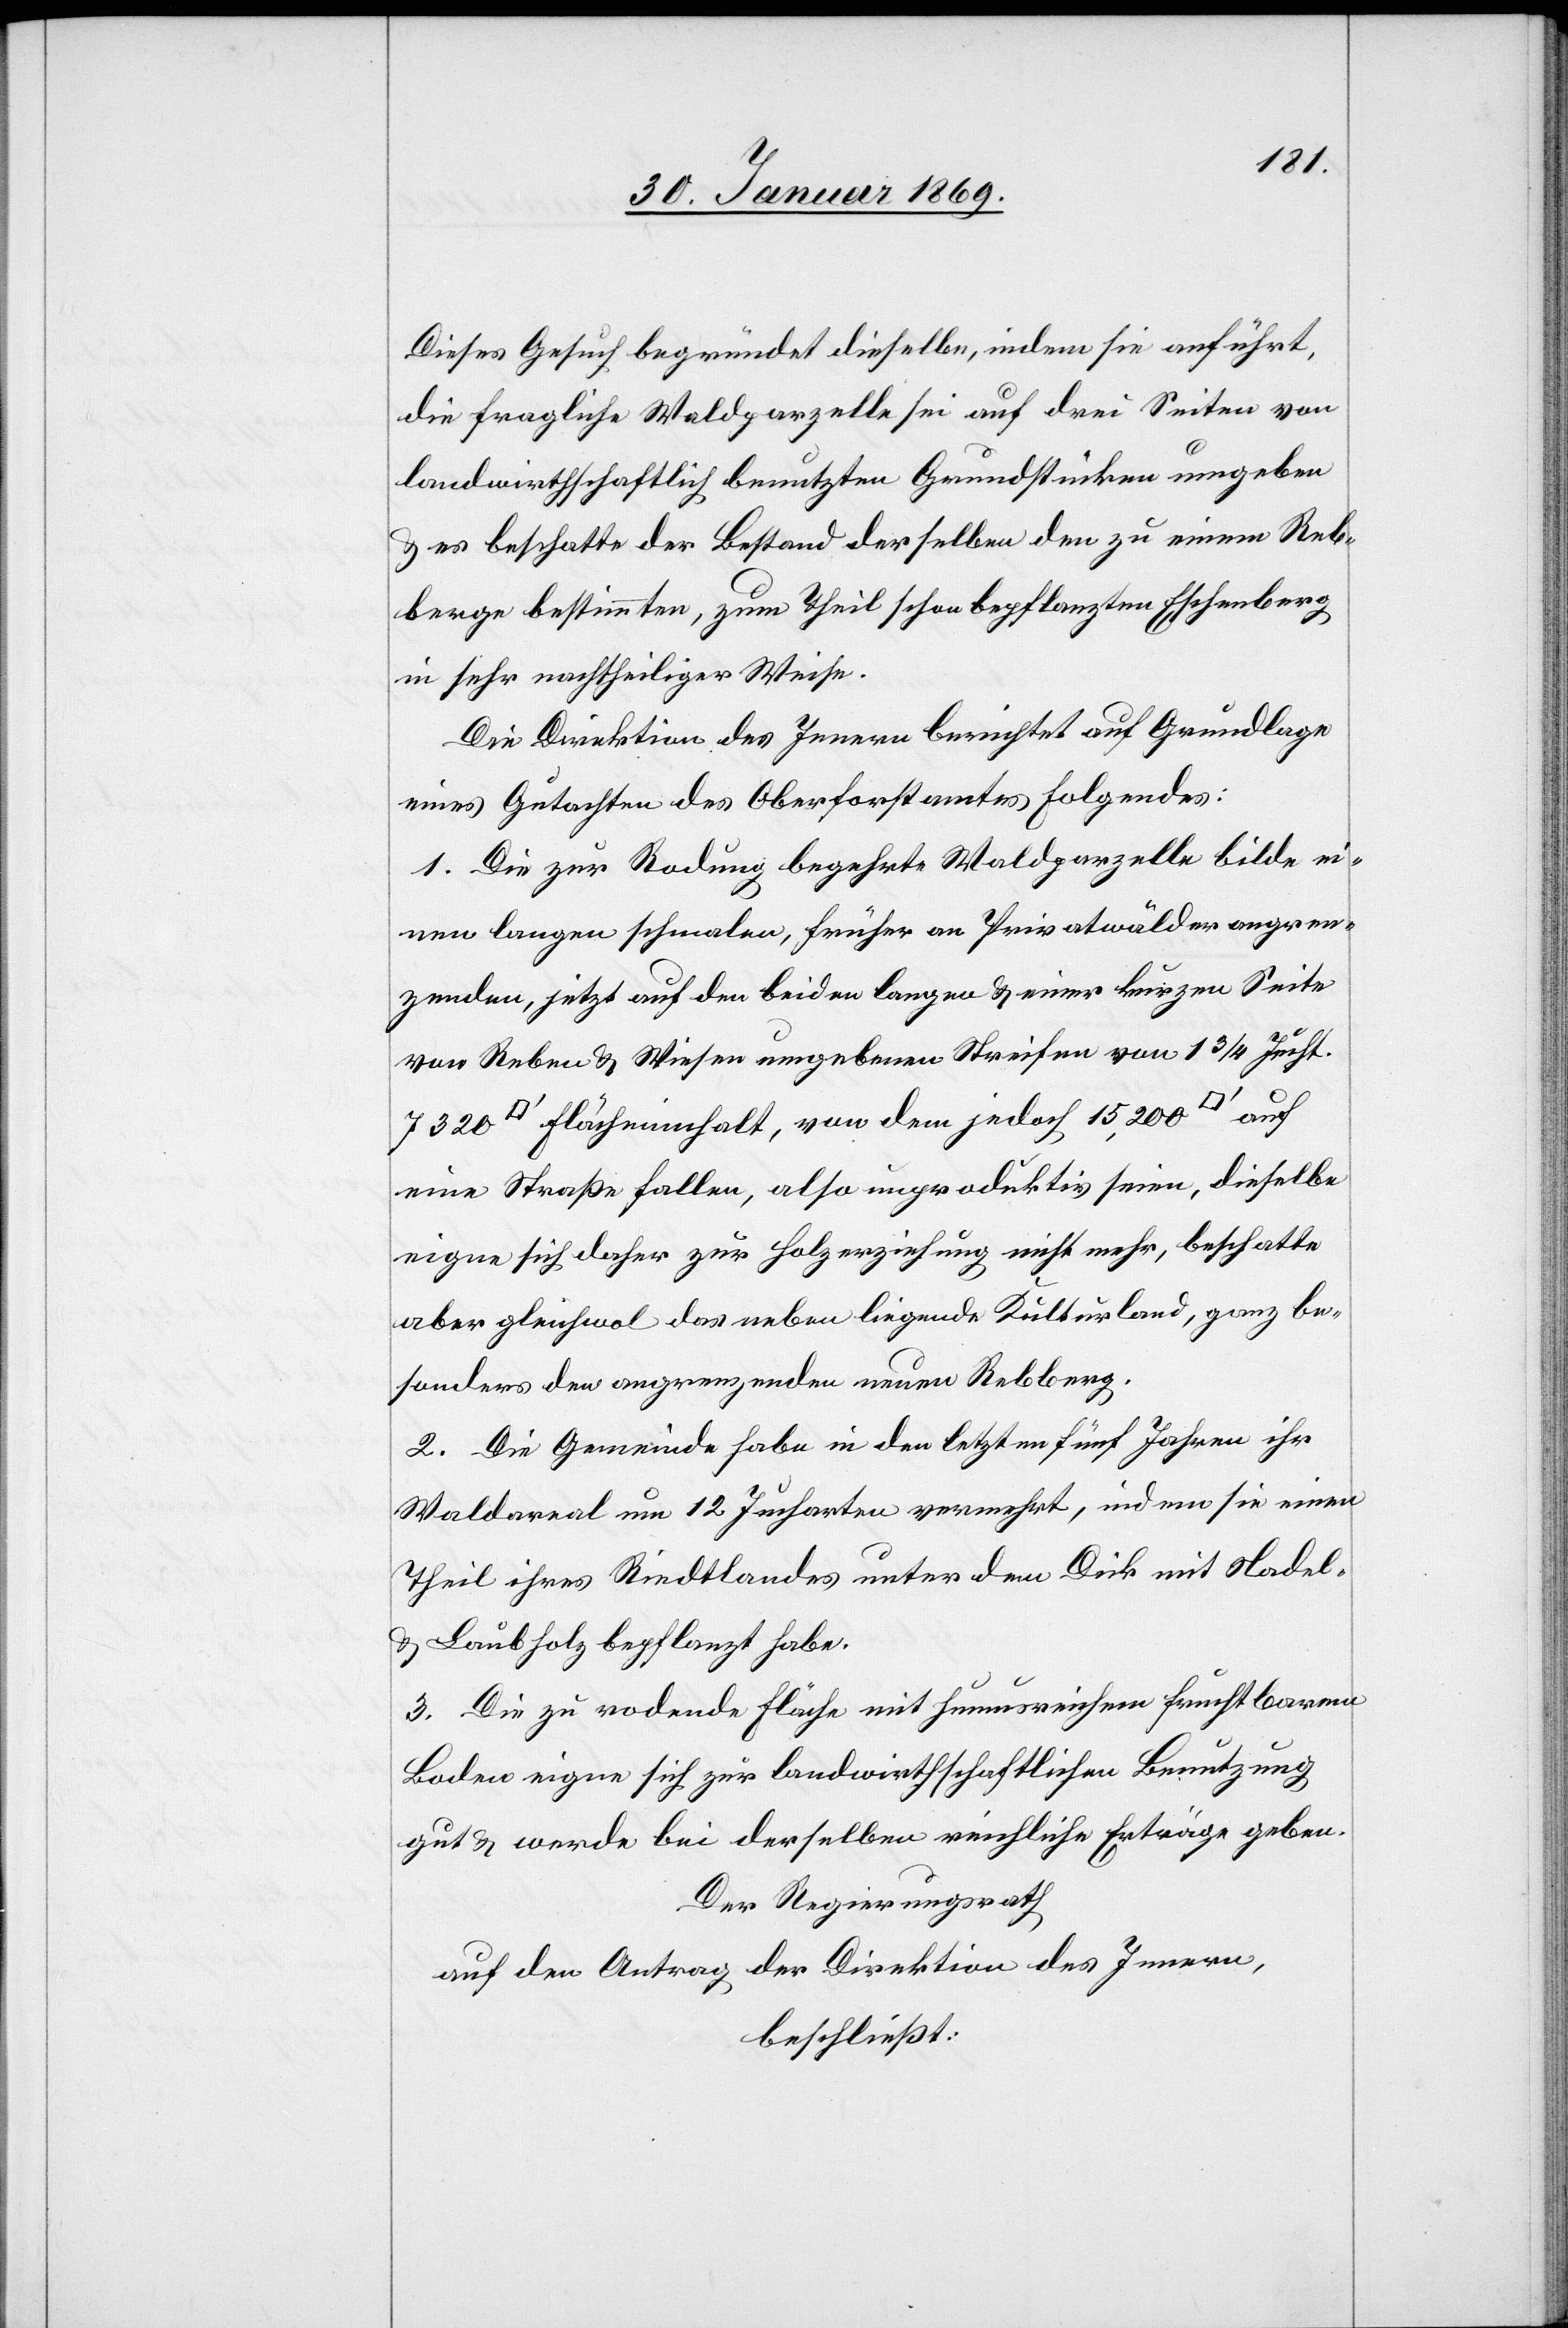
Dieses Gesuch begründet dieselbe, indem sie anführt,
die fragliche Waldparzelle sei auf drei Seiten von
landwirthschaftlich benutzten Grundstücken umgeben
u. es beschatte der Bestand derselben den zu einem Reb¬
berge bestimmten, zum Theil schon bepflanzten Eschenberg
in sehr nachtheiliger Weise.
Die Direktion des Innern berichtet auf Grundlage
eines Gutachtens des Oberforstamtes Folgendes:
1. Die zur Rodung begehrte Waldparzelle bilde ei¬
nen langen schmalen, früher an Privatwälder angren¬
zenden, jetzt auf den beiden langen u. einer kurzen Seite
von Reben u. Wiesen umgebenen Streifen von 1 3/4 Jucht.
Flächeninhalt, von dem jedoch 15,200 [Quadratfuss]
eine Straße fallen, also unproduktiv seien, dieselbe
eigne sich daher zur Holzerziehung nicht mehr, beschatte
aber gleichwol das neben liegende Kulturland, ganz be¬
sonders den angrenzenden neuen Rebberg.
2. Die Gemeinde habe in den letzten fünf Jahren ihr
Waldarreal um 12 Jucharten vermehrt, indem sie einen
Theil ihres Riedtlandes unter dem Dick mit Nadel-
u. Laubholz bepflanzt habe.
3. Die zu rodende Fläche mit humusreichem fruchtbarem
Boden eigne sich zur landwirthschaftlichen Benutzung
gut u. werde bei derselben reichliche Erträge geben.
Der Regierungsrath
auf den Antrag der Direktion des Innern ,
beschliesst: